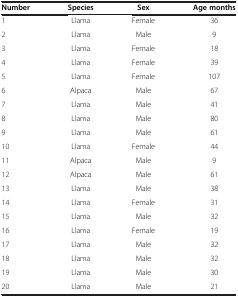
<table><thead><tr><td><b>Number</b></td><td><b>Species</b></td><td><b>Sex</b></td><td><b>Age months</b></td></tr></thead><tbody><tr><td>1</td><td>Llama</td><td>Female</td><td>36</td></tr><tr><td>2</td><td>Llama</td><td>Male</td><td>9</td></tr><tr><td>3</td><td>Llama</td><td>Female</td><td>18</td></tr><tr><td>4</td><td>Llama</td><td>Female</td><td>39</td></tr><tr><td>5</td><td>Llama</td><td>Female</td><td>107</td></tr><tr><td>6</td><td>Alpaca</td><td>Male</td><td>67</td></tr><tr><td>7</td><td>Llama</td><td>Male</td><td>41</td></tr><tr><td>8</td><td>Llama</td><td>Male</td><td>80</td></tr><tr><td>9</td><td>Llama</td><td>Male</td><td>61</td></tr><tr><td>10</td><td>Llama</td><td>Female</td><td>44</td></tr><tr><td>11</td><td>Alpaca</td><td>Male</td><td>9</td></tr><tr><td>12</td><td>Alpaca</td><td>Male</td><td>61</td></tr><tr><td>13</td><td>Llama</td><td>Male</td><td>38</td></tr><tr><td>14</td><td>Llama</td><td>Female</td><td>31</td></tr><tr><td>15</td><td>Llama</td><td>Male</td><td>32</td></tr><tr><td>16</td><td>Llama</td><td>Female</td><td>19</td></tr><tr><td>17</td><td>Llama</td><td>Male</td><td>32</td></tr><tr><td>18</td><td>Llama</td><td>Male</td><td>32</td></tr><tr><td>19</td><td>Llama</td><td>Male</td><td>30</td></tr><tr><td>20</td><td>Llama</td><td>Male</td><td>21</td></tr></tbody></table>